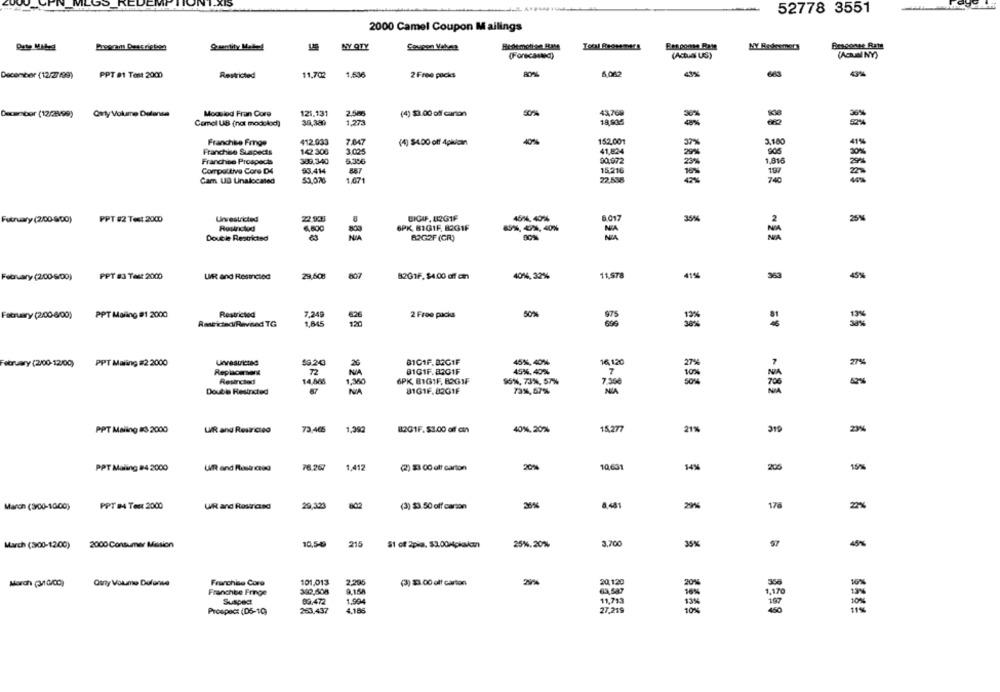
52778 3551
2000 Camel Coupon Mailings
Bregram Dess rieben
MYY QTY
Coupon Vebeen
NY Raskeamers
Besponse Rate
(Actual US)
(ACHINI NY)
December (12/27/99)
PPT 81 Test 2000
Restricted
11,702
1.636
2 Free packs
6.062
41%
663
43%
Decmbor (12/2/99)
Qaly Volume Defensa
Mooslod Fran Core
121.131
2,586
(4) 33.00 off carton
Camel LAB (not modelod)
30,380
1.273
Franchise Fringe
412.933
7.047
(4) $400 off Apivulcan
40%
152,001
37%
3.100
41%%
Franchise Suspects
142.306
3,02:5
41,824
00.972
905
Franchbe Prospect
309.340
23%
1.816
Competitive Core DA
93.414
15.216
59,076
1.671
22.538
Cam UD Unalocated
Futruary (2/00-8/00)
PPT #2 Test 2000
Unvestricted
22.933
BIGAF, 82G1F
4514, 40%
8.017
35%
25%
Restrictod
8,800
800
6PK BIGIF, BOGIF
Double Restricted
BOG2F (CR)
February (2/00-S/00)
PPT 83 Test 2000
UR and Resineted
29,608
82G1F. $4.00 off on
4014,32%
11,578
41%
963
45%%
February (2/00-6/00)
PPT Maling #1 2000
Restricted
7.249
2 Free packs
50%
Rent icecuRevised TG
1,845
120
59.243
45%, 40%
16120
February (2/00-12/00)
PPT Maling #2.2000
Unrestricted
B101F.BAG1F
Replicanon
72
NA
B1G1F.8301F
45%. 40%
Resircled
14,865
1,360
6PK, BIGIF, B2GIF
$5%, 73%, 57%
7.350
Double Restricted
87
81G1F.82G1F
73%,57%
NIA
. 181
PPT Maling & 2000
73 465
1,392
82G1F.$1.00 of ant
40%. 20%
15.277
21%
319
UR and Restricted
23%%
PPT Maling #4 2000
UR and Routr creo
76.267
1,412
(2) 23 00 off carton
20%
10.631
14%
205
15%
20.123
8,481
2916
178
2%
March (3-00-1000)
PPT BA Test 2000
UR and Restricund
(3) $3.50 off carson
March (3:00-12/00)
2000 Consumer Mesion
10,5-40
215
51 of 2pic. $3.00/pkkctn
25%.20%
3,700
35%
97
45%
101.013
2.205
Morch (3/10/00)
Gany Volume Defense
Franchise Core
(3) 33.00 off carton
20.120
20%
356
Franchbe Fringe
340,508
9.15A
Suspect
89,472
1.994
11,713
4.185
10%
450
11%
Prospect (D5-10)
263,437
27,219